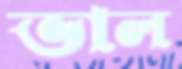
ভাল